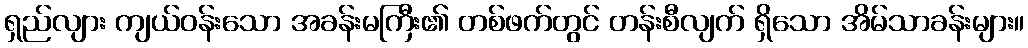
ရှည်လျား ကျယ်ဝန်းသော အခန်းမကြီး၏ တစ်ဖက်တွင် တန်းစီလျက် ရှိသော အိမ်သာခန်းများ။